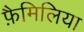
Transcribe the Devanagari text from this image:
फ़ैमिलिया